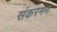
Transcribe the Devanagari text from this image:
संकरमण